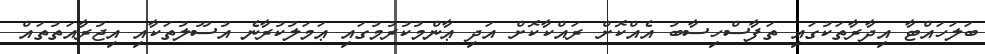
ބަލަހައްޓާ އިދާރާތަކުގައި ތަފާސްހިސާބު އެއްކޮށް ރައްކާކޮށް އަދި ޢާންމުކުރުމުގައި ޢަމަލުކުރާނެ އުސޫލުތަކާއި އިޖުރާއަތުތައް